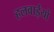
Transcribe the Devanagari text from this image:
हलवाईयों